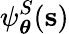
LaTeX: \psi_{\boldsymbol\theta}^{S}(\mathbf{s})